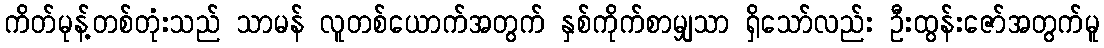
ကိတ်မုန့်တစ်တုံးသည် သာမန် လူတစ်ယောက်အတွက် နှစ်ကိုက်စာမျှသာ ရှိသော်လည်း ဦးထွန်းဇော်အတွက်မူ